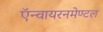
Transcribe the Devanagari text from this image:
ऍन्वायरनमेण्टल